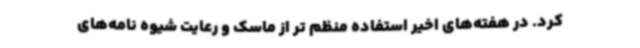
کرد. در هفته‌های اخیر استفاده منظم تر از ماسک و رعایت شیوه نامه‌های